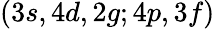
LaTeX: (3s,4d,2g;4p,3f)